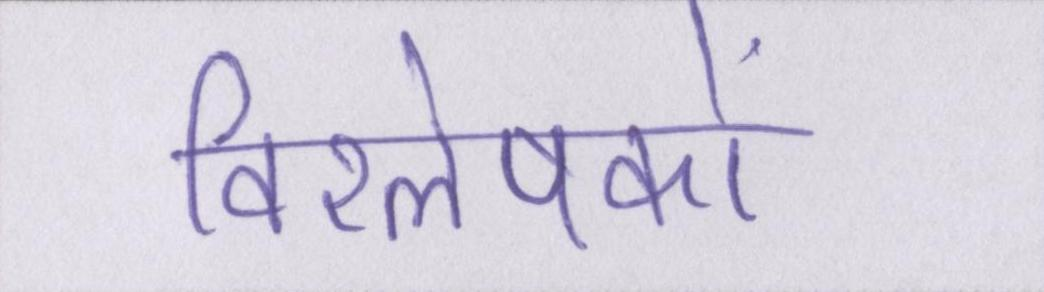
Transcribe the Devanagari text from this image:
विश्लेषकों